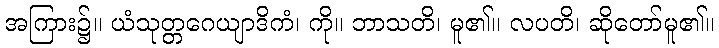
အကြား၌။ ယံသုတ္တဂေယျာဒိကံ၊ ကို။ ဘာသတိ၊ မူ၏။ လပတိ၊ ဆိုတော်မူ၏။